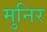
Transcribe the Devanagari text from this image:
मुनिर